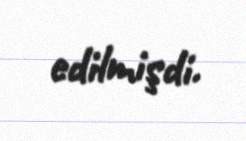
edilmişdi.